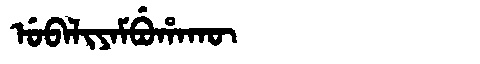
Manchu: ᡠᠪᠠᠯᡳᠶᠠᠮᠪᡠᡥᠠᡴᡡ
Romanization: UBALIYAMBUHAKŪ